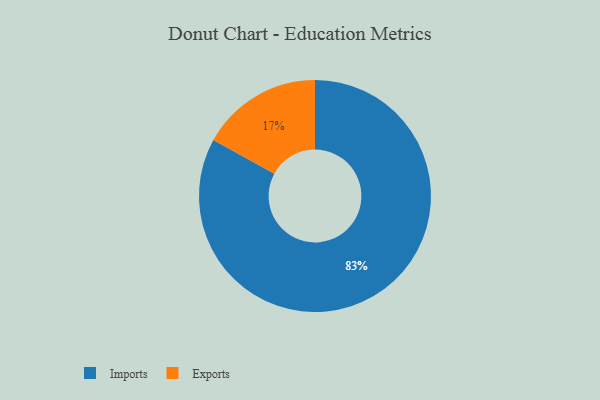
{"axis": {"x": "Category", "y": "Percentage"}, "legend": ["Exports", "Imports"], "data": [{"x": "Exports", "y": 17, "type": "Exports"}, {"x": "Imports", "y": 83, "type": "Imports"}]}